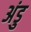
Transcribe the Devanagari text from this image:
अंडु